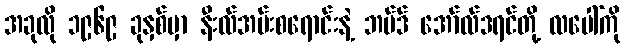
အခုလို ၁၉၆၉ ခုနှစ်မှာ နီးလ်အမ်းစရောင်းနဲ့ ဘပ်ဒ် အော်လ်ဒရင်တို့ လပေါ်ကို